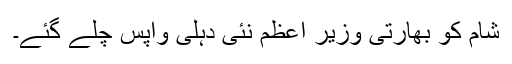
شام کو بھارتی وزیر اعظم نئی دہلی واپس چلے گئے۔